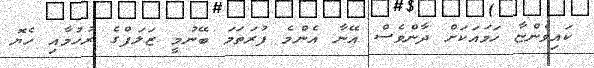
ކައިވެންޏާ ހަމައަކަށް ދާންވެސް އޭނާ އެންމެ ފުރަތަމަ ބޭނުމީ ޒަލަފްގެ ރުހުމާއި ހެޔޮ